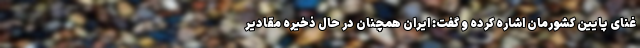
غنای پایین کشورمان اشاره کرده و گفت: ایران همچنان در حال ذخیره مقادیر